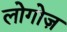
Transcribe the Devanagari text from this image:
लोगोज़